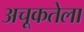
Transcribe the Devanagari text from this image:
अचूकतेला